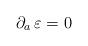
LaTeX: \begin{align*}\partial_a \, \varepsilon =0\end{align*}